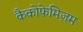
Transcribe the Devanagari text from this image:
कैकोफेमिज़म